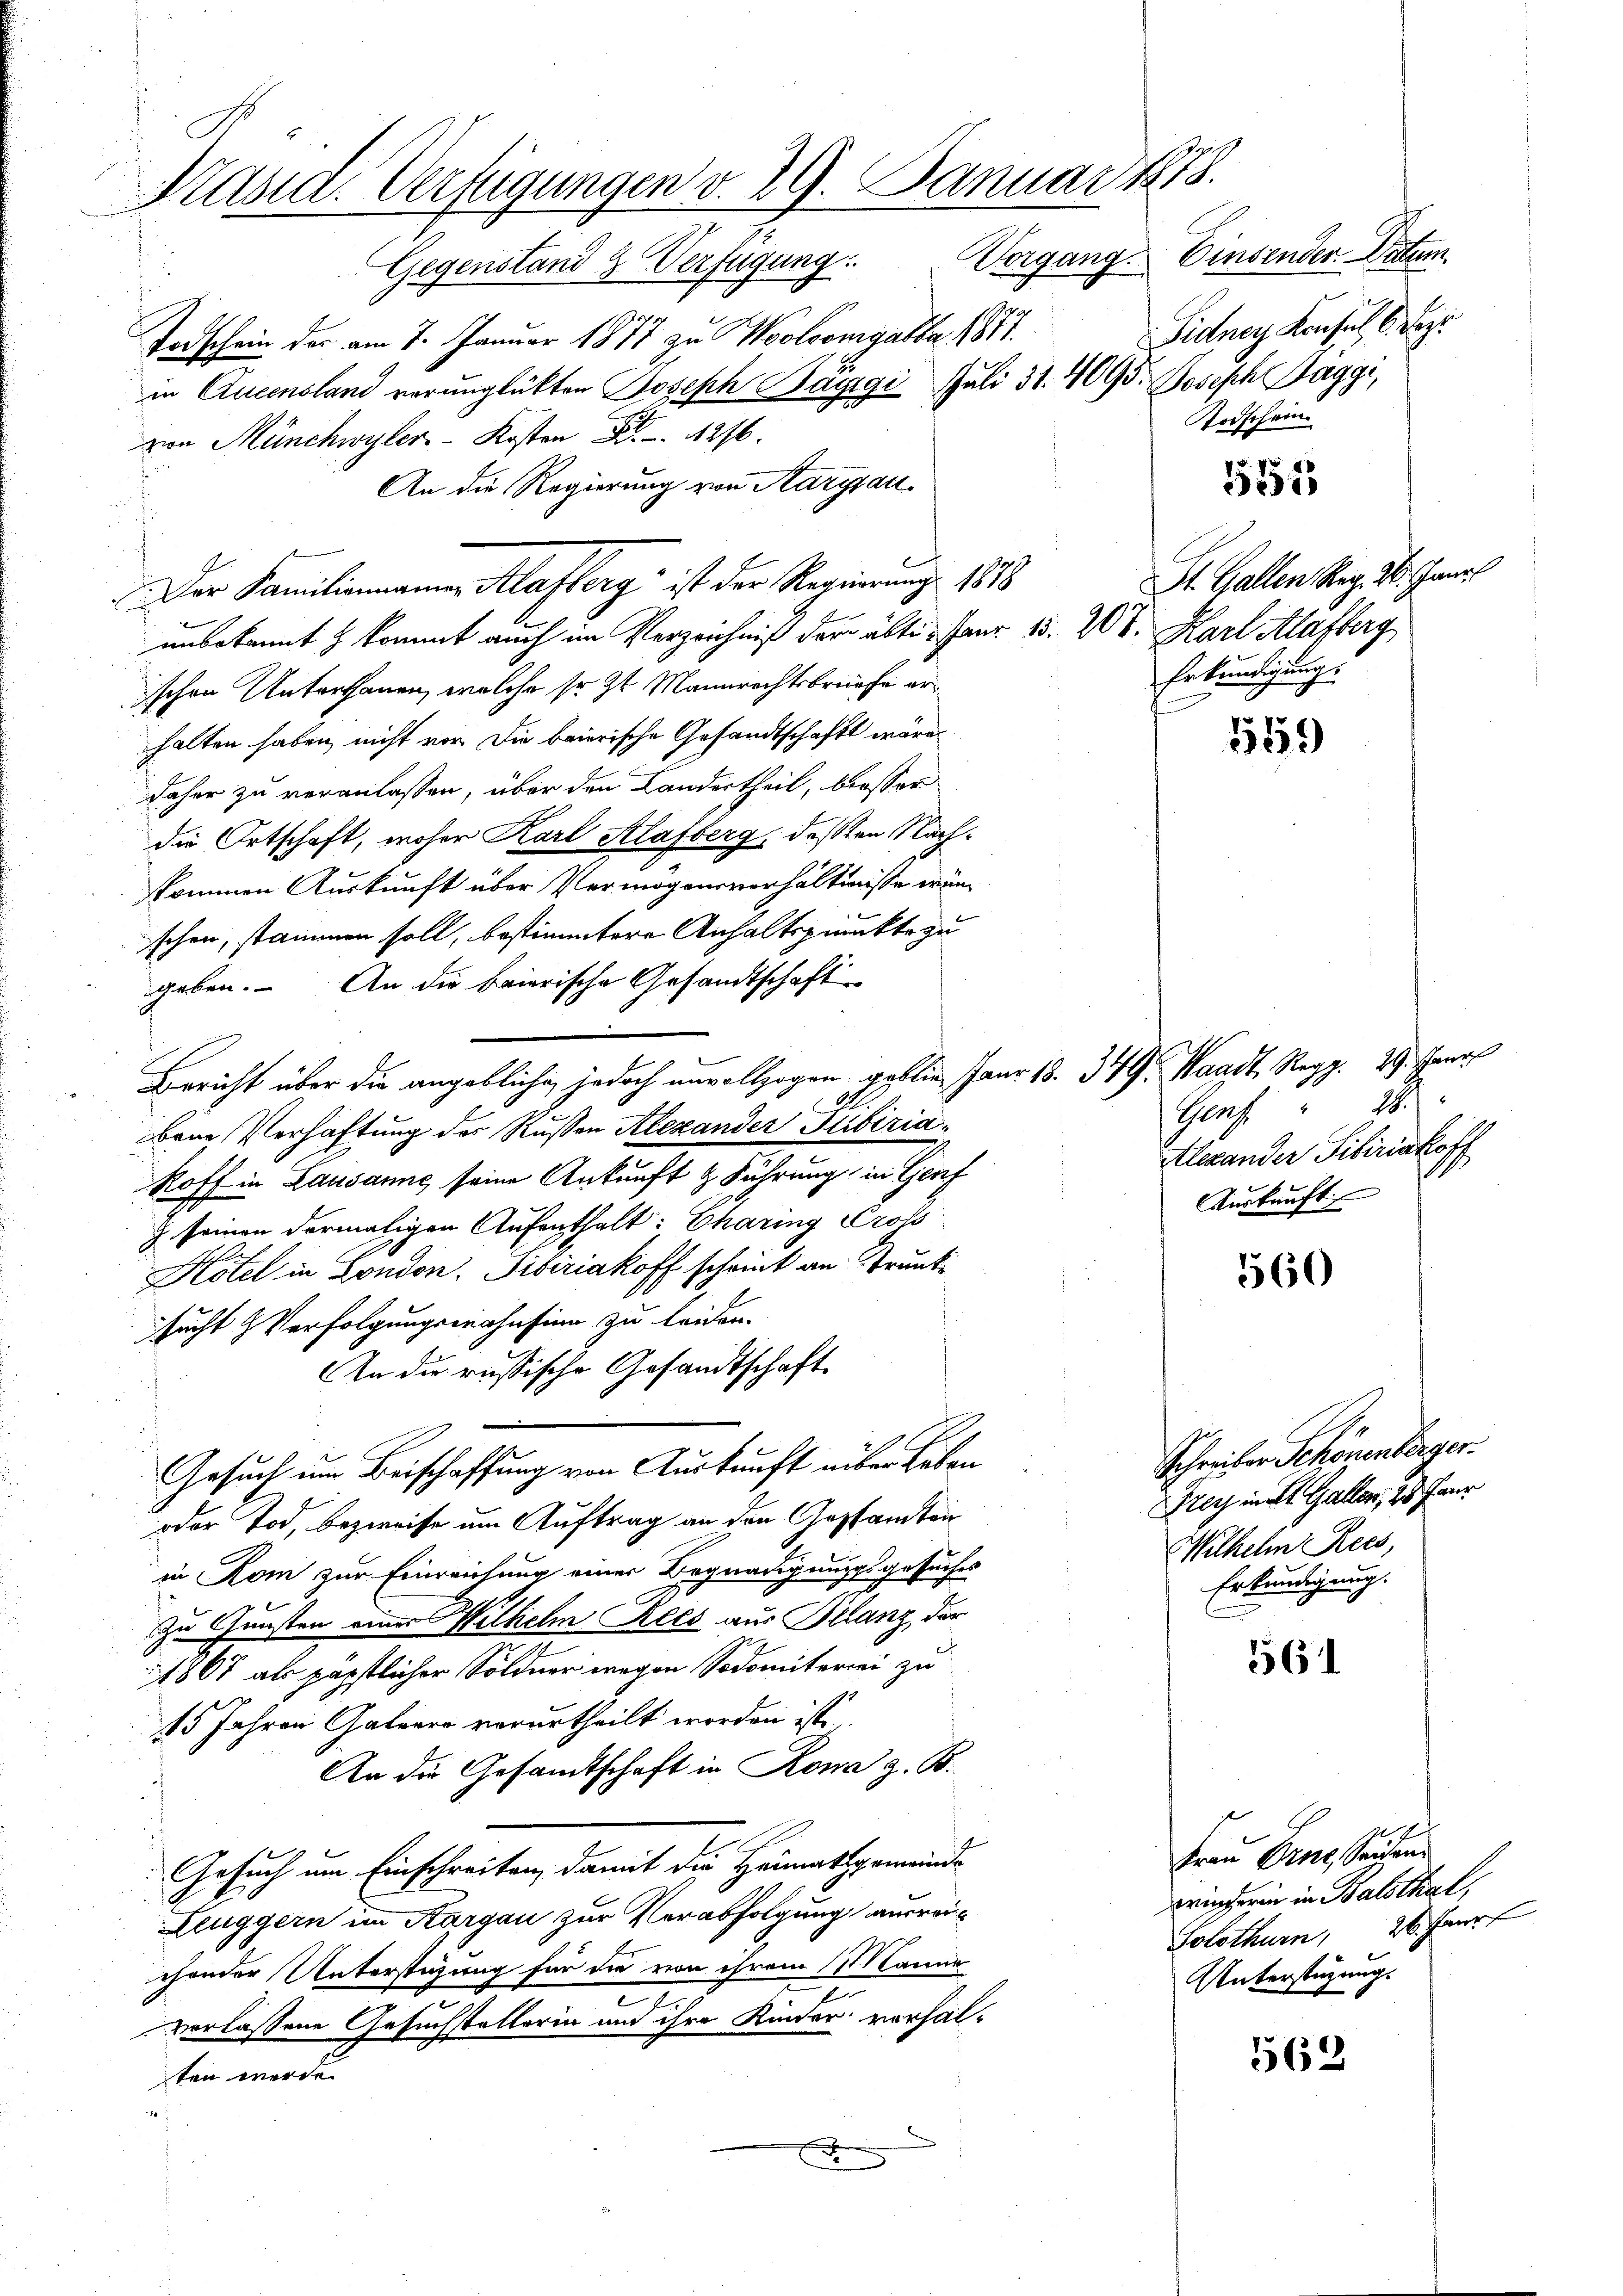
Prasia. Verfügungen v. 29. Januar 1878.
Gegenstand & Verfügung. Vorgang. Einsender Datum

Todschein der am 7. Januar 1877 zu Woolongatte 1877.
in Queensland verunglükten Joseph Baggi Juli 31. 4095. Joseph Maggi,
von Münchwyler Kosten 26.
An die Regierung von Aargau.
unbekannt & kommt auch im Verzeichniß der älte. Janr. 15. 208. Karl Alafberg
ischen Unterthanen, welche sr. Zt. Mannrechtsbriefe erhalten haben, nicht vor die baierische Gesandtschaft wäre
daher zu veranlassen, über den Landertheil, besser
die Ortschaft, woher Karl Stlafberg, deßen Nachkommen Auskunft über Vermögensverhältnisse wär
sehen, stammen soll, bestimmtere Anhaltspunkte zu
geben. An die baierische Gesandtschaft
Bericht über die angebliche, jedoch unvollzogen geblie Janr. 18. 349. Waadt Regg. 29. Janr
bene Verhaftung der Rußen Alexander Stibizia¬
Roff in Lausanne seine Ankunft & Führung in Genf
z seinen dermaligen Aufenthalt: Charing Cross
Hotel in London, Tibiriakoff schrieb an Strunke
sucht & Verfolgungswahnsinn zu leiden.
An die russische Gesandtschaft.
Gesuch um Beischaffung von Auskunft über Leben
oder Tod, bezweife um Auftrag an den Gestandtei
in Rom zur Einreichung einer Begnadigungsgesuches
zu Gunsten einer Wilhelm Recs aus Franz, der
1867 als päpstlicher Söldner wegen Sodomiterei zu
15 Jahren Galeere verurtheilt worden ist,
An die Gesandtschaft in Rona z. B.
Gesuch um Einschreiten, damit die Heimatsgemeinde
Leuggern im Aargau zur Verabfolgung ausreichender Unterstüzung für die von ihrem 11 Manne
2
verlassene Gesuchstellerin und ihre Kinder vorhalten werden.

Der Familienmannen Klafterg“ ist der Regierung 1878

Fidney Konsul 6. Bez
Todschein

551

St. Gallen Reg. 26. Janit
Erkundigung.

559

Genf 1
Alexander Sibiriakofe
1
Auskauft

560

Schreiber Schönenberger.
Fey mit Gallen, 20 Faur
Wilhelm Recs,
Erkundigung.

561

562

Frau Eine Seiten
winferin in Balsthal,
Solothurn, 26. Janr
Unterstüzung.